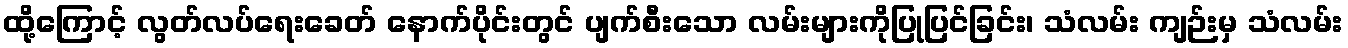
ထို့ကြောင့် လွတ်လပ်ရေးခေတ် နောက်ပိုင်းတွင် ပျက်စီးသော လမ်းများကိုပြုပြင်ခြင်း၊ သံလမ်း ကျဉ်းမှ သံလမ်း